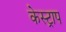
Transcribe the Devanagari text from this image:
केस्ट्राप